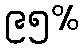
၉၅%